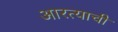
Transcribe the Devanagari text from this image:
आरत्याची